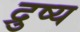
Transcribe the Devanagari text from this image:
द्रुष्य